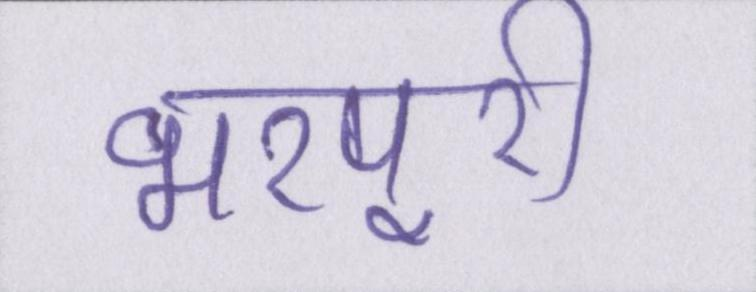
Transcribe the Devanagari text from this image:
भरपूरी